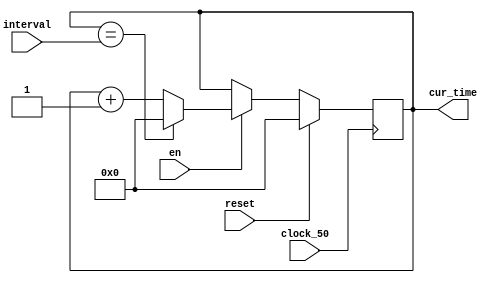
module Counter(
	input [27:0] interval,
	input reset,
	input en,
	input clock_50,
	output [27:0] cur_time);
	
	
	reg [27:0] now_time;

	always @(posedge clock_50)
	begin
		if (reset == 1'b1)
		begin
			now_time <= 28'd0;
		end
		else if (en == 1'b1)
		begin
			if (now_time == interval) // Prevent going to negative #s
			begin
				now_time <= 28'd0;
			end
			else
			begin
				now_time <= now_time + 28'd1;
			end
		end
	end
	
	assign cur_time = now_time;
	
endmodule